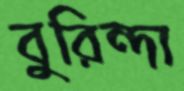
বুরিন্দা